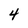
Character: 4